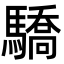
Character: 驕